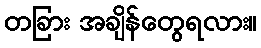
တခြား အချိန်တွေရလား။